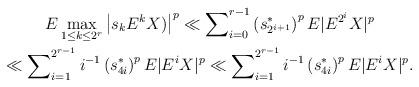
LaTeX: \begin{gather*}E\max_{1\leq k\leq2^{r}}\left\vert s_{k}E^{k}X)\right\vert ^{p}\ll\sum\nolimits_{i=0}^{r-1}\left( s_{2^{i+1}}^{\ast}\right) ^{p}E|E^{2^{i}}X|^{p}\\\ll\sum\nolimits_{i=1}^{2^{r-1}}i^{-1}\left( s_{4i}^{\ast}\right)^{p}E|E^{i}X|^{p}\ll\sum\nolimits_{i=1}^{2^{r-1}}i^{-1}\left( s_{4i}^{\ast}\right) ^{p}E|E^{i}X|^{p}.\end{gather*}